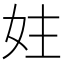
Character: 妵